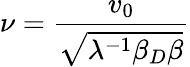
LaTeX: \nu=\frac{v_{0}}{\sqrt{\lambda^{-1}\beta_{D}\beta}}